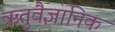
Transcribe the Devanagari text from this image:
ऋतुवैज्ञानिक